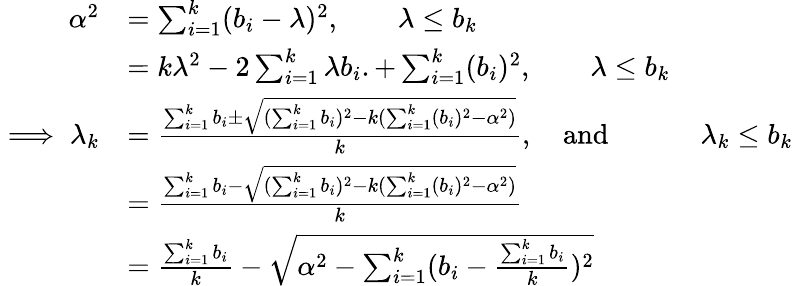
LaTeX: \begin{array}{rl}{\alpha^{2}}&{=\sum_{i=1}^{k}(b_{i}-\lambda)^{2},\qquad\lambda\leq b_{k}}\\ &{=k\lambda^{2}-2\sum_{i=1}^{k}\lambda b_{i}.+\sum_{i=1}^{k}(b_{i})^{2},\qquad\lambda\leq b_{k}}\\ {\implies\lambda_{k}}&{=\frac{\sum_{i=1}^{k}b_{i}\pm\sqrt{(\sum_{i=1}^{k}b_{i})^{2}-k(\sum_{i=1}^{k}(b_{i})^{2}-\alpha^{2})}}{k},\quad\mathrm{and~}\quad\qquad\lambda_{k}\leq b_{k}}\\ &{=\frac{\sum_{i=1}^{k}b_{i}-\sqrt{(\sum_{i=1}^{k}b_{i})^{2}-k(\sum_{i=1}^{k}(b_{i})^{2}-\alpha^{2})}}{k}}\\ &{=\frac{\sum_{i=1}^{k}b_{i}}{k}-\sqrt{\alpha^{2}-\sum_{i=1}^{k}(b_{i}-\frac{\sum_{i=1}^{k}b_{i}}{k})^{2}}}\end{array}